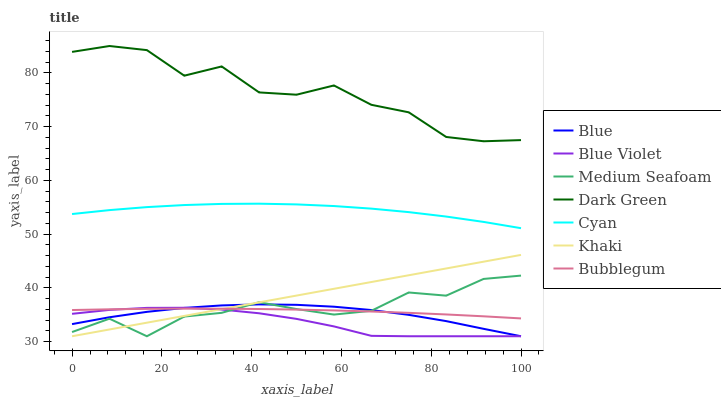
| xaxis_label | Blue | Blue Violet | Medium Seafoam | Dark Green | Cyan | Khaki | Bubblegum |
 | --- | --- | --- | --- | --- | --- | --- | --- |
 | 0 | 33.3 | 35.2 | 31.8 | 83.9 | 53.7 | 31 | 35.9 |
 | 8.33 | 34.5 | 35.9 | 34.3 | 85 | 54.5 | 32.3 | 36 |
 | 16.7 | 35.5 | 36.3 | 31 | 84.3 | 55 | 33.5 | 36.1 |
 | 25 | 36.3 | 36.3 | 34.7 | 79.5 | 55.4 | 34.8 | 36.1 |
 | 33.3 | 36.7 | 36 | 35.4 | 81.2 | 55.6 | 36 | 36.1 |
 | 41.7 | 36.9 | 35.3 | 37.3 | 76.4 | 55.7 | 37.3 | 36.1 |
 | 50 | 36.8 | 34.2 | 36.1 | 76 | 55.5 | 38.6 | 36 |
 | 58.3 | 36.5 | 32.8 | 35 | 77.7 | 55.2 | 39.8 | 35.8 |
 | 66.7 | 35.9 | 31.1 | 35.7 | 74.1 | 54.8 | 41.1 | 35.6 |
 | 75 | 35 | 31 | 39.1 | 72.7 | 54.1 | 42.4 | 35.4 |
 | 83.3 | 33.8 | 31 | 38.6 | 68.1 | 53.3 | 43.6 | 35.1 |
 | 91.7 | 32.4 | 31 | 41.7 | 67.3 | 52.3 | 44.9 | 34.7 |
 | 100 | 31 | 31 | 42.3 | 67.5 | 51.1 | 46.1 | 34.3 |